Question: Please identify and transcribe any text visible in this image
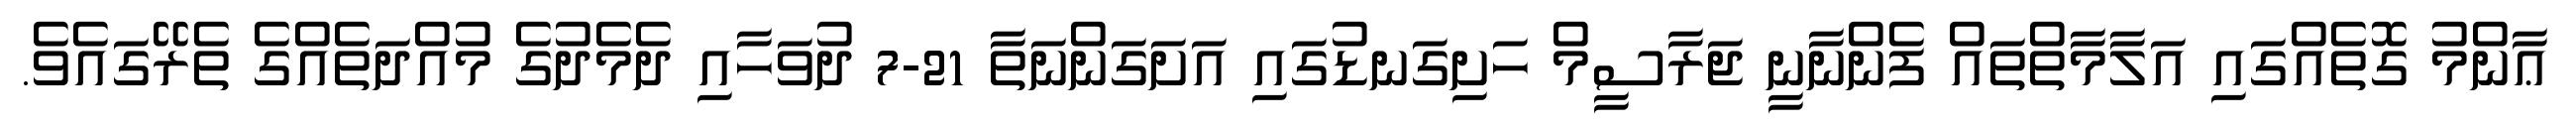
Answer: ޢާންމު ގޮތެއްގައި އަލާމާތްތައް ފެންނާނީ ޖަރާސީމް ހަށިގަނޑުގައި އަށަގަންނަތާ 21-7 ދުވަހާއި ދެމެދުގެ މުއްދަތެއްގެ ތެރޭގައެވެ.